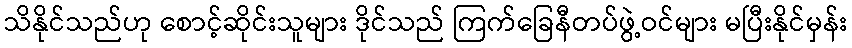
သိနိုင်သည်ဟု စောင့်ဆိုင်းသူများ ဒိုင်သည် ကြက်ခြေနီတပ်ဖွဲ့ဝင်များ မပြီးနိုင်မှန်း